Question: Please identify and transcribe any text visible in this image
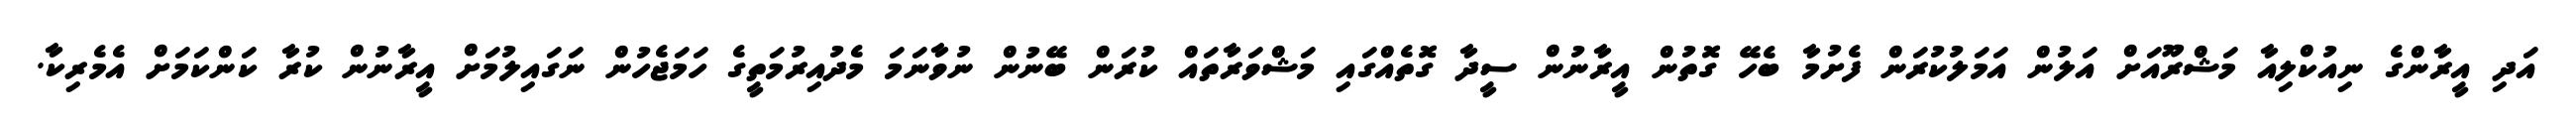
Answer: އަދި އީރާންގެ ނިއުކްލިއާ މަޝްރޫއަށް އަލުން އަމަލުކުރަން ފެށުމާ ބެހޭ ގޮތުން އީރާނުން ސީދާ ގޮތެއްގައި މަޝްވަރާތައް ކުރަން ބޭނުން ނުވާނަމަ މެދުއިރުމަތީގެ ހަމަޖެހުން ނަގައިލުމަށް އީރާނުން ކުރާ ކަންކަމަށް އެމެރިކާ.